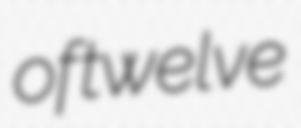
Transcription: of twelve